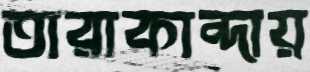
তারাকান্দায়